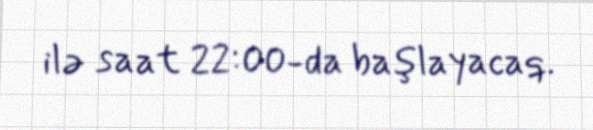
ilə saat 22:00-da başlayacaq.